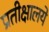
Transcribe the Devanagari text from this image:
प्रतीक्षालये